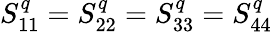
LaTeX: S_{11}^{q}=S_{22}^{q}=S_{33}^{q}=S_{44}^{q}